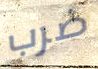
ضرب